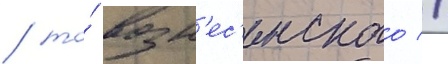
/ то́ возн'ес'енского //